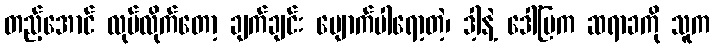
တည့်အောင် လုပ်လိုက်တော့ ချက်ချင်း ပျောက်ပါရော့တဲ့၊ ဒါ့နဲ့ ဒေါ်မြက ဆရာခကို သူက